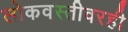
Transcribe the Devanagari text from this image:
लोकवस्तीवरही